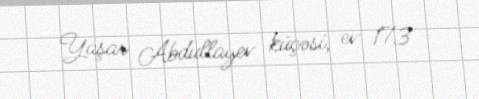
Yaşar Abdullayev küçəsi, ev 173